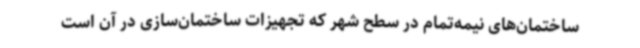
ساختمان‌های نیمه‌تمام در سطح شهر که تجهیزات ساختمان‌سازی در آن است